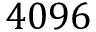
4 0 9 6